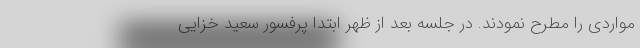
مواردی را مطرح نمودند. در جلسه بعد از ظهر ابتدا پرفسور سعید خزایی